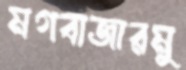
মগবাজারমু